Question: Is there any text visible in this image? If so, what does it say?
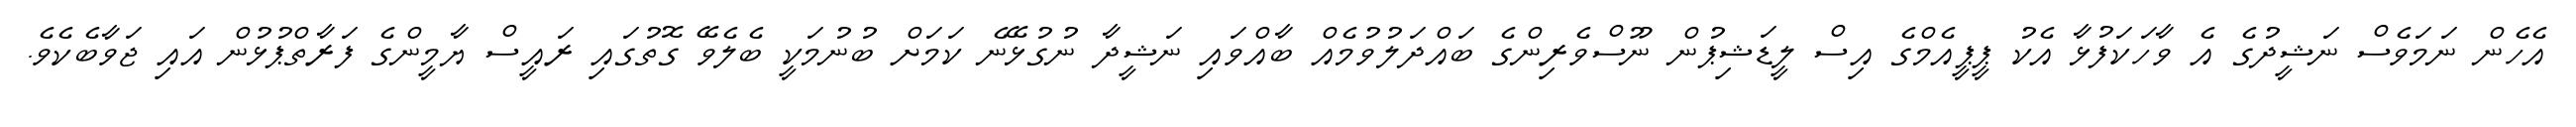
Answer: އެހެން ނަމަވެސް ނަޝީދުގެ އެ ވާހަކަފުޅާ އެކު ޕީޕީއެމްގެ އިސް ލީޑަޝިޕުން ނޫސްވެރިންގެ ބައްދަލުވުމެއް ބާއްވައި ނަޝީދާ ނުގުޅޭނެ ކަމަށް ބުނުމަކީ ބެލެވޭ ގޮތުގައި ރައީސް ޔާމީންގެ ފަރާތްޕުޅުން އައި ޖަވާބެކެވެ.